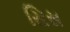
સિસ